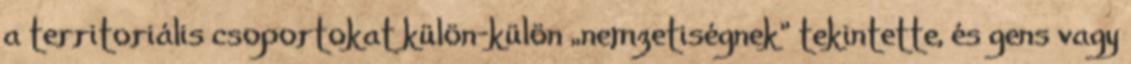
a territoriális csoportokat külön-külön „nemzetiségnek” tekintette, és gens vagy